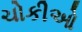
ચોકીઓ